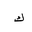
Letter: _kaf